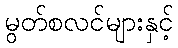
မွတ်စလင်များနှင့်